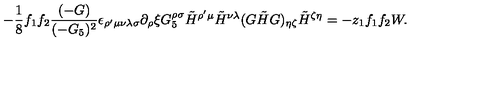
- { \frac { 1 } { 8 } } f _ { 1 } f _ { 2 } { \frac { ( - G ) } { ( - G _ { 5 } ) ^ { 2 } } } \epsilon _ { \rho ^ { \prime } \mu \nu \lambda \sigma } \partial _ { \rho } \xi G _ { 5 } ^ { \rho \sigma } \tilde { H } ^ { \rho ^ { \prime } \mu } \tilde { H } ^ { \nu \lambda } ( G \tilde { H } G ) _ { \eta \zeta } \tilde { H } ^ { \zeta \eta } = - z _ { 1 } f _ { 1 } f _ { 2 } W .